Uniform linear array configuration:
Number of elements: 64
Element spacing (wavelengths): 0.5
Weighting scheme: hann
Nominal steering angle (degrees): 15
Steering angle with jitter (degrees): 16.478
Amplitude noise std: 0.05
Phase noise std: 0.05

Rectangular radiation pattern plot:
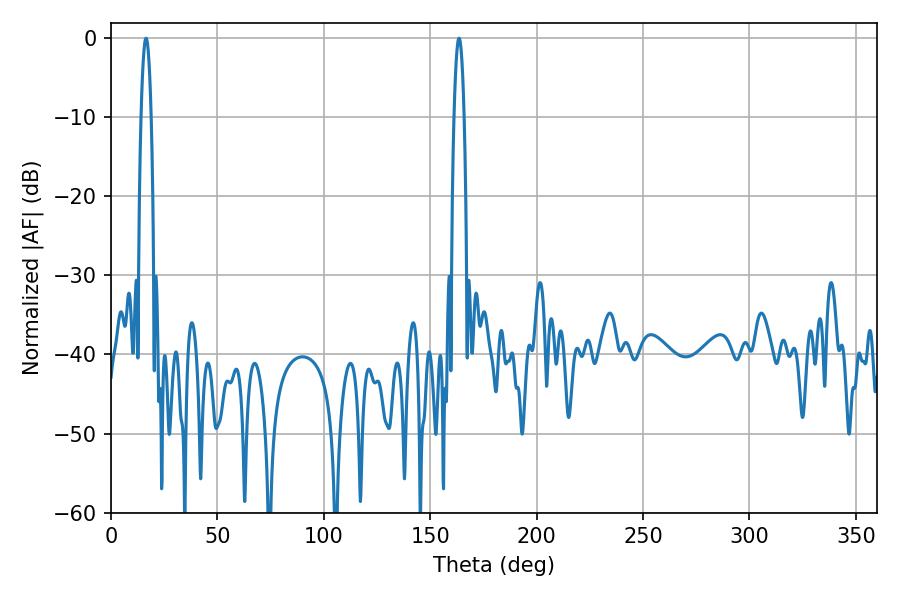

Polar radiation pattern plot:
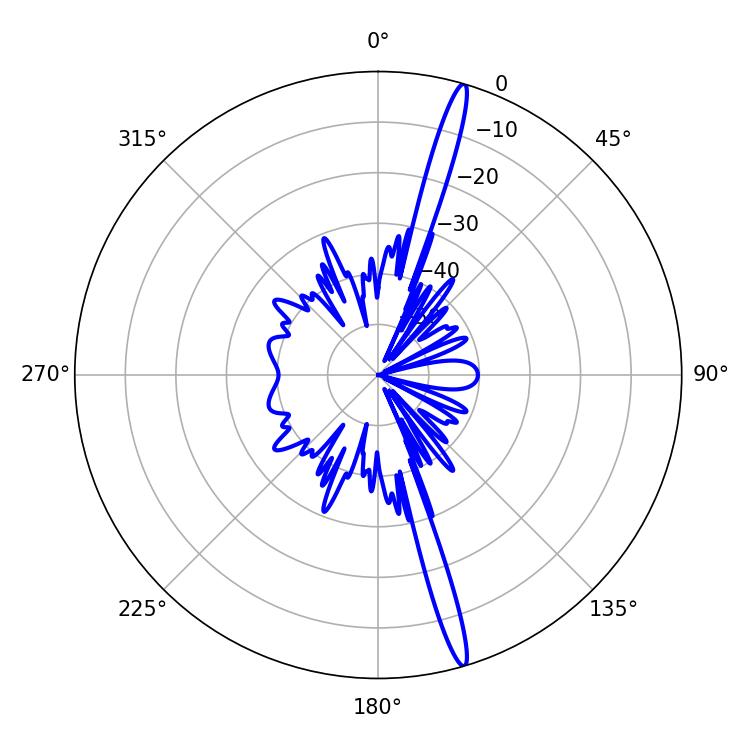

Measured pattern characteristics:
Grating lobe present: FALSE
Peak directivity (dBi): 18.52
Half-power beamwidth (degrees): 2.7
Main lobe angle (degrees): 16.38